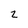
Character: 2